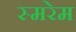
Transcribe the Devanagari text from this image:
स्मरेम